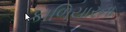
કાળિયારના